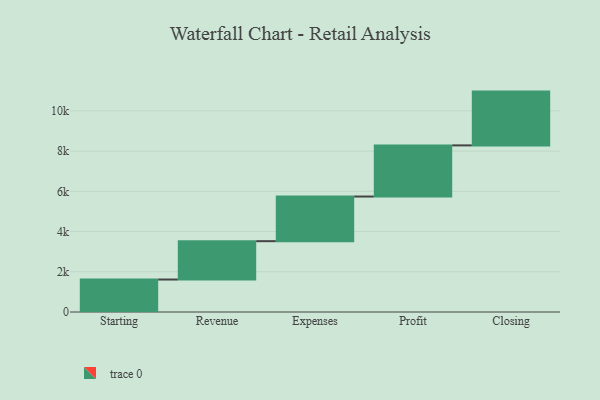
{"axis": {"x": "Step", "y": "Value"}, "legend": [""], "data": [{"x": "Starting", "y": 1614.0, "type": ""}, {"x": "Revenue", "y": 1907.0, "type": ""}, {"x": "Expenses", "y": 2219.0, "type": ""}, {"x": "Profit", "y": 2542.0, "type": ""}, {"x": "Closing", "y": 2674.0, "type": ""}]}